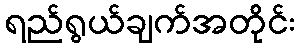
ရည်ရွယ်ချက်အတိုင်း